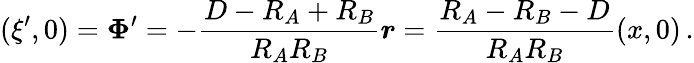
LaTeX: (\xi^{\prime},0)=\boldsymbol\Phi^{\prime}=-{\frac{D-R_{A}+R_{B}}{R_{A}R_{B}}}\boldsymbol r={\frac{R_{A}-R_{B}-D}{R_{A}R_{B}}}(x,0)\, .